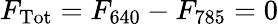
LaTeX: F_{\mathrm{Tot}}=F_{640}-F_{785}=0